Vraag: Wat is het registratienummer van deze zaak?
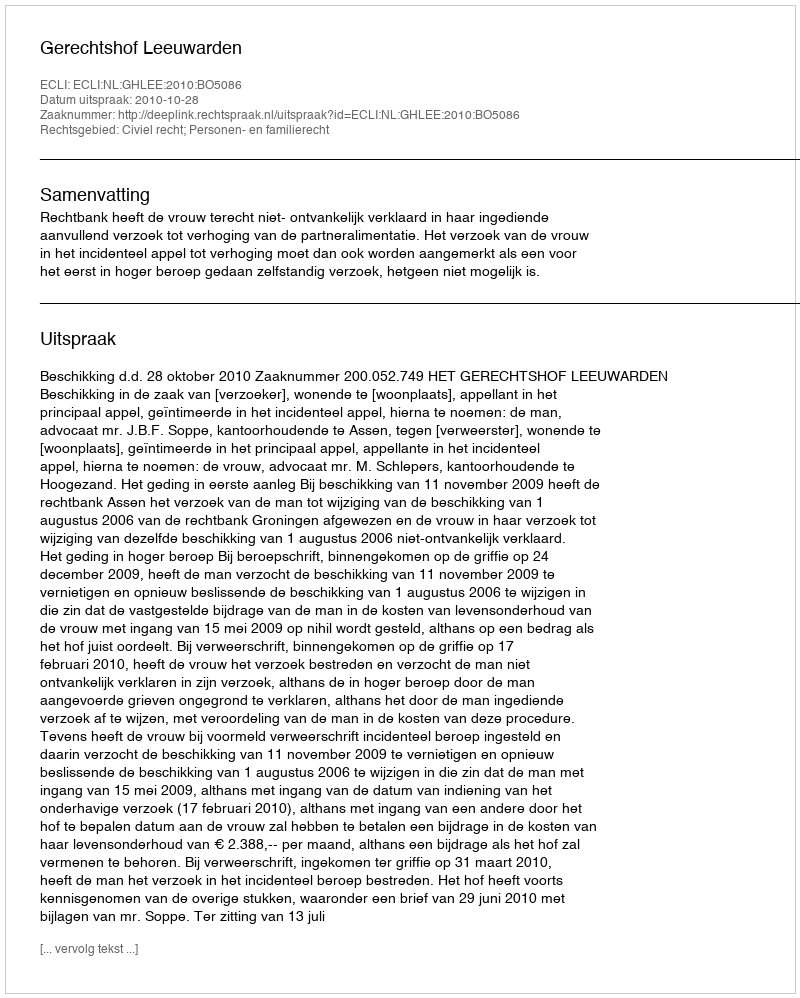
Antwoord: http://deeplink.rechtspraak.nl/uitspraak?id=ECLI:NL:GHLEE:2010:BO5086